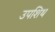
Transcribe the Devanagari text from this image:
उपशिथ